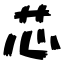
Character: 芯